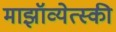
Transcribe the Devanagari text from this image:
माझॉव्येत्स्की